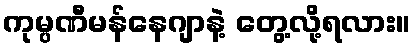
ကုမ္ပဏီမန်နေဂျာနဲ့ တွေ့လို့ရလား။